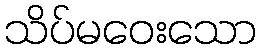
သိပ်မဝေးသော